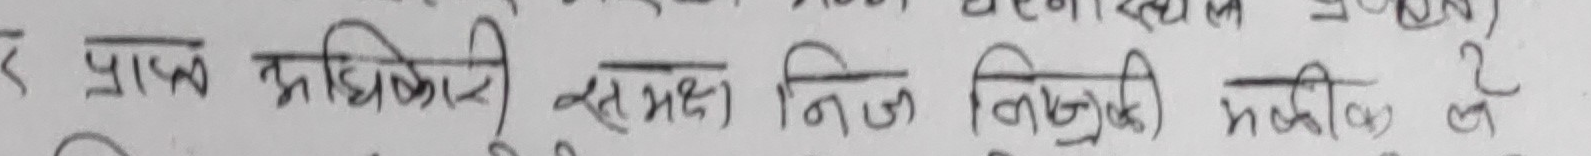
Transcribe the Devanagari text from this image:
र प्राप्त अधिकारी समक्ष निज नियुक्ति भेकिए छ